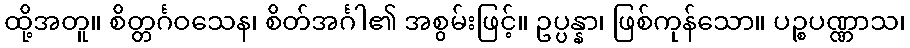
ထို့အတူ။ စိတ္တင်္ဂဝသေန၊ စိတ်အင်္ဂါ၏ အစွမ်းဖြင့်။ ဥပ္ပန္နာ၊ ဖြစ်ကုန်သော။ ပဉ္စပဏ္ဏာသ၊